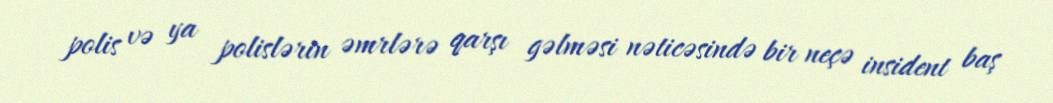
polis və ya polislərin əmrlərə qarşı gəlməsi nəticəsində bir neçə insident baş